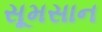
સૂમસાન